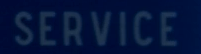
SERVICE